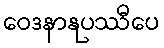
ဝေဒနာနုပဿီပေ